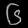
Digit: ၆